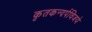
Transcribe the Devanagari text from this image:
कृतकन्दर्पविजये